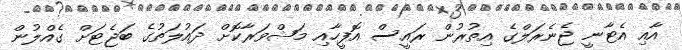
އާއި އެޓާނީ ޖެނެރަލްގެ އިތުރުން ރައީސް އޮފީހާއި މަޝްވަރާކޮށް ދައުލަތުގެ ބަޖެޓަށް ގެއްލުން